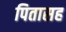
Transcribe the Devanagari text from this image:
पितासह